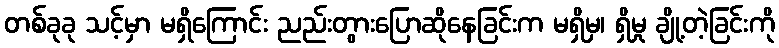
တစ်ခုခု သင့်မှာ မရှိကြောင်း ညည်းတွားပြောဆိုနေခြင်းက မရှိမှ၊ ရှိမှု ချို့တဲ့ခြင်းကို